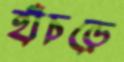
হাঁচড়ে